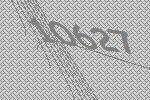
10627